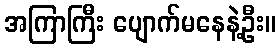
အကြာကြီး ပျောက်မနေနဲ့ဦး။